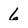
Character: 6